Vaccination in Bombay 1924-1928 - 1924-1928
Year: 1924
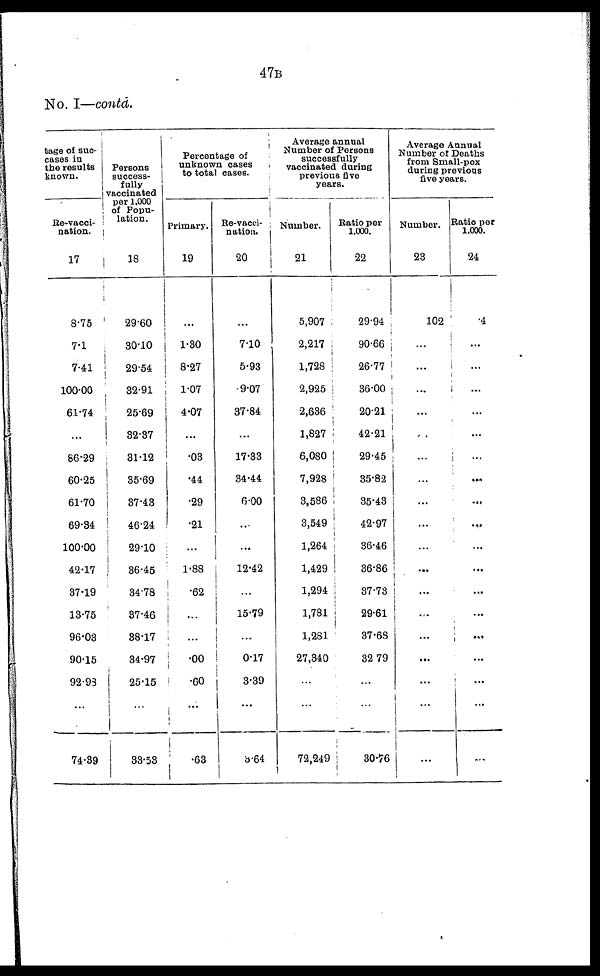
47B
No. I—contd.
tage of suc-
cases in
the results
known.
Re-vacci-
nation.
17
8.75
7.1
7.41
100.00
61.74
...
86.29
60.25
61.70
69.34
100.00
42.17
37.19
13.75
96.03
90.15
92.93
...
74.39
Persons
success-
fully
vaccinated
per 1,000
of Popu-
lation.
18
29.60
30.10
29.54
32.91
25.69
32.37
31.12
35.69
37.43
46.24
29.10
36.45
34.78
87.46
38.17
34.97
25.15
...
33.53
Percentage of
unknown cases
to total cases.
Primary.
19
...
1.30
8.27
1.07
4.07
...
.03
.44
.29
.21
...
1.88
.62
...
...
.00
.60
...
.63
Re-vacci-
nation.
20
...
7.10
5.93
9.07
37.84
...
17.33
34.44
6.00
...
...
12.42
...
15.79
...
0.17
3.39
...
3.64
Average annual
Number of Persons
successfully
vaccinated during
previous five
years.
Number.
21
5,907
2,217
1,728
2,925
2,636
1,827
6,080
7,928
3,586
3,549
1,264
1,429
1,294
1,781
1,281
27,340
...
...
72,249
Ratio per
1,000.
22
29.94
90.66
26.77
36.00
20.21
42.21
29.45
35.82
35.43
42.97
36.46
36.86
37.73
29.61
37.68
32.79
...
...
30.76
Average Annual
Number of Deaths
from Small-pox
during previous
five years.
Number.
23
102
...
...
...
...
...
...
...
...
...
...
...
...
...
...
...
...
...
...
Ratio per
1,000.
24
.4
...
...
...
...
...
...
...
...
...
...
...
...
...
...
...
...
...
...